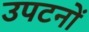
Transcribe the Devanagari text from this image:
उपटनों